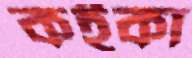
কইকা